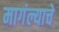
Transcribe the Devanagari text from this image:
मागंल्याचे